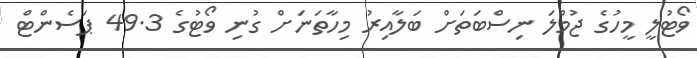
ވޯޓުލީ މީހުގެ ޖުމްލަ ނިސްބަތަށް ބަލާއިރު މިހާތަނަށް ގުނި ވޯޓުގެ 49.3 ޕަސެންޓް